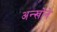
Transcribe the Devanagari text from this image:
अन्खोने